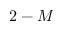
2 - M